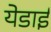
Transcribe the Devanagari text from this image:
येडाई